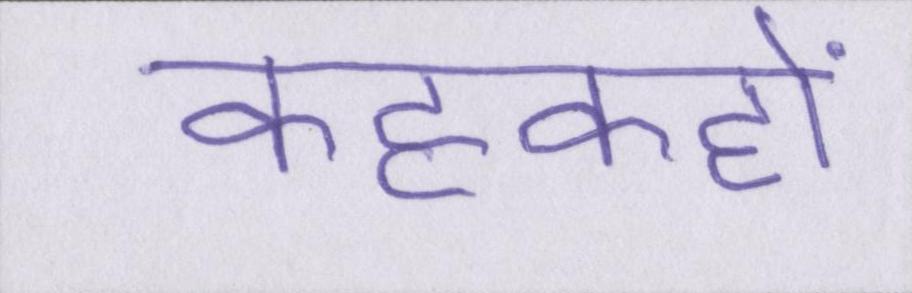
कहकहों